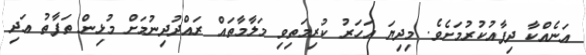
އަނެއްކާ ދިފާއުކުރުމަށެވެ. މިދިޔަ އަހަރު ކުރިމަތިވި މަލާމާތައް ރައްދުދިނުމަށް މުޅިން ތަފާތު އަދި